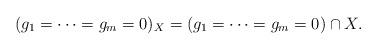
LaTeX: \begin{align*}(g_1 = \cdots = g_m = 0)_X = (g_1 = \cdots = g_m = 0) \cap X.\end{align*}